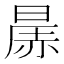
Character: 㬄